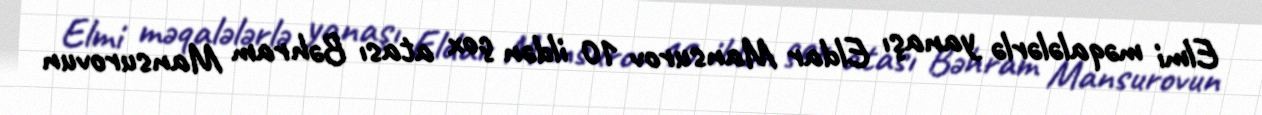
Elmi məqalələrlə yanaşı Eldar Mansurov 10 ildən çox atası Bəhram Mansurovun